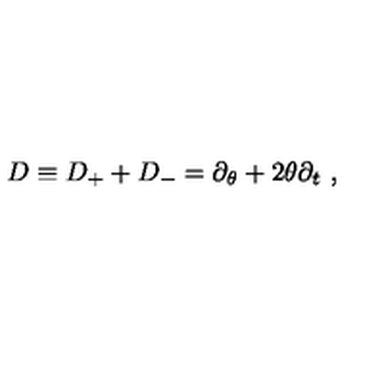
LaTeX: D \equiv D _ { + } + D _ { - } = \partial _ { \theta } + 2 \theta \partial _ { t } \ ,